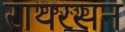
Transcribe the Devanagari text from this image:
रायरसन